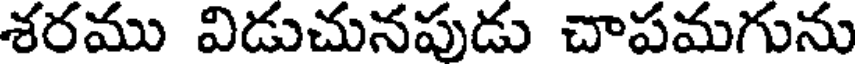
శరము విడుచునపుడు చాపమగును